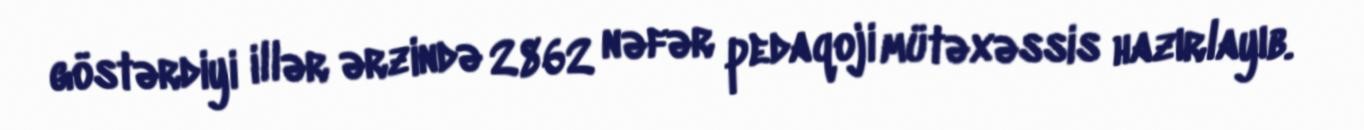
göstərdiyi illər ərzində 2862 nəfər pedaqoji mütəxəssis hazırlayıb.